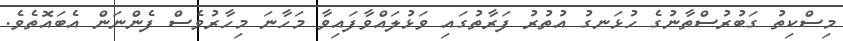
މިސްކިތު ގަބުރުސްތާނުގެ ހުޅަނގު އުތުރު ފަރާތުގައި ވަޅުލައްވާފައިވާ މަހާނަ މިހާރުވެސް ފެންނަން އެބައޮތެވެ.